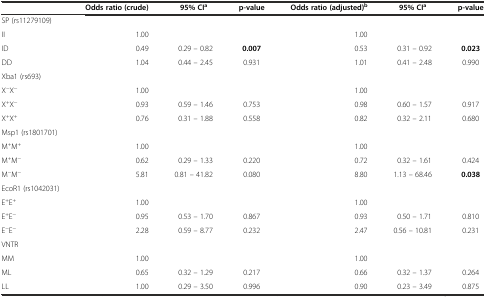
<table><thead><tr><td></td><td><b>Odds ratio (crude)</b></td><td><b>95% CI<sup>a</sup></b></td><td><b>p-value</b></td><td><b>Odds ratio (adjusted)<sup>b</sup></b></td><td><b>95% CI<sup>a</sup></b></td><td><b>p-value</b></td></tr></thead><tbody><tr><td>SP (rs11279109)</td><td></td><td></td><td></td><td></td><td></td><td></td></tr><tr><td>II</td><td>1.00</td><td></td><td></td><td>1.00</td><td></td><td></td></tr><tr><td>ID</td><td>0.49</td><td>0.29 – 0.82</td><td><b>0.007</b></td><td>0.53</td><td>0.31 – 0.92</td><td><b>0.023</b></td></tr><tr><td>DD</td><td>1.04</td><td>0.44 – 2.45</td><td>0.931</td><td>1.01</td><td>0.41 – 2.48</td><td>0.990</td></tr><tr><td>Xba1 (rs693)</td><td></td><td></td><td></td><td></td><td></td><td></td></tr><tr><td>X<sup>−</sup>X<sup>−</sup></td><td>1.00</td><td></td><td></td><td>1.00</td><td></td><td></td></tr><tr><td>X<sup>+</sup>X<sup>−</sup></td><td>0.93</td><td>0.59 – 1.46</td><td>0.753</td><td>0.98</td><td>0.60 – 1.57</td><td>0.917</td></tr><tr><td>X<sup>+</sup>X<sup>+</sup></td><td>0.76</td><td>0.31 – 1.88</td><td>0.558</td><td>0.82</td><td>0.32 – 2.11</td><td>0.680</td></tr><tr><td>Msp1 (rs1801701)</td><td></td><td></td><td></td><td></td><td></td><td></td></tr><tr><td>M<sup>+</sup>M<sup>+</sup></td><td>1.00</td><td></td><td></td><td>1.00</td><td></td><td></td></tr><tr><td>M<sup>+</sup>M<sup>−</sup></td><td>0.62</td><td>0.29 – 1.33</td><td>0.220</td><td>0.72</td><td>0.32 – 1.61</td><td>0.424</td></tr><tr><td>M<sup>−</sup>M<sup>−</sup></td><td>5.81</td><td>0.81 – 41.82</td><td>0.080</td><td>8.80</td><td>1.13 – 68.46</td><td><b>0.038</b></td></tr><tr><td>EcoR1 (rs1042031)</td><td></td><td></td><td></td><td></td><td></td><td></td></tr><tr><td>E<sup>+</sup>E<sup>+</sup></td><td>1.00</td><td></td><td></td><td>1.00</td><td></td><td></td></tr><tr><td>E<sup>+</sup>E<sup>−</sup></td><td>0.95</td><td>0.53 – 1.70</td><td>0.867</td><td>0.93</td><td>0.50 – 1.71</td><td>0.810</td></tr><tr><td>E<sup>−</sup>E<sup>−</sup></td><td>2.28</td><td>0.59 – 8.77</td><td>0.232</td><td>2.47</td><td>0.56 – 10.81</td><td>0.231</td></tr><tr><td>VNTR</td><td></td><td></td><td></td><td></td><td></td><td></td></tr><tr><td>MM</td><td>1.00</td><td></td><td></td><td>1.00</td><td></td><td></td></tr><tr><td>ML</td><td>0.65</td><td>0.32 – 1.29</td><td>0.217</td><td>0.66</td><td>0.32 – 1.37</td><td>0.264</td></tr><tr><td>LL</td><td>1.00</td><td>0.29 – 3.50</td><td>0.996</td><td>0.90</td><td>0.23 – 3.49</td><td>0.875</td></tr></tbody></table>